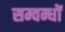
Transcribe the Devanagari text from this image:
सम्वन्धों